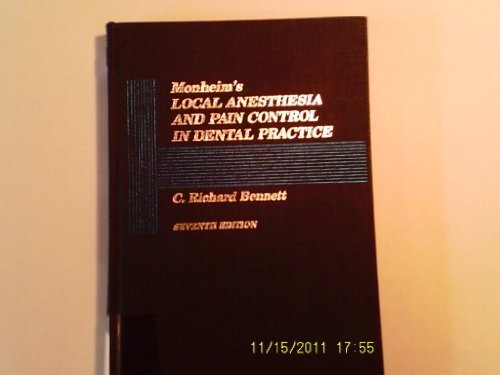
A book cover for Monheim's Local Anesthesia and Pain Control in Dental Practice; Leonard M. Monheim; Medical Books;